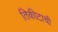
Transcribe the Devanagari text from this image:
तिकीटाची